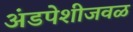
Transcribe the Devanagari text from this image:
अंडपेशीजवळ